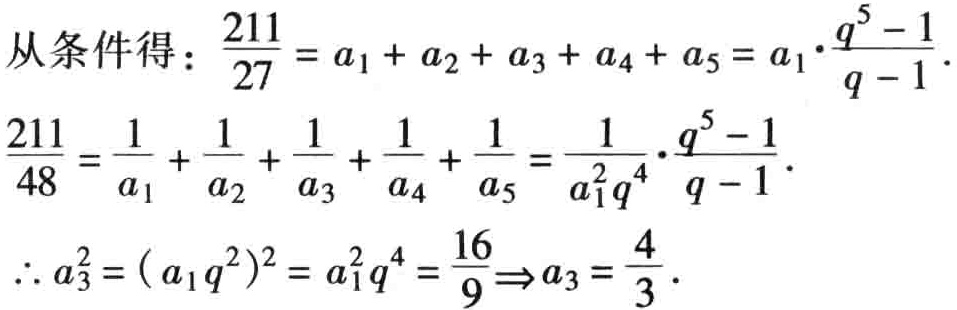
从条件得：\(\frac{211}{27} = a_{1} + a_{2} + a_{3} + a_{4} + a_{5} = a_{1}\cdot\frac{q^{5} - 1}{q - 1}\).

\(\frac{211}{48} = \frac{1}{a_{1}} + \frac{1}{a_{2}} + \frac{1}{a_{3}} + \frac{1}{a_{4}} + \frac{1}{a_{5}} = \frac{1}{a_{1}^{2}q^{4}}\cdot\frac{q^{5} - 1}{q - 1}\).

\(\therefore a_{3}^{2} = ( a_{1}q^{2})^{2} = a_{1}^{2}q^{4} = \frac{16}{9}\Rightarrow a_{3} = \frac{4}{3}\).